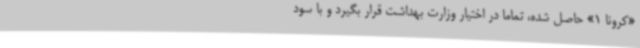
«کرونا 1» حاصل شده، تماما در اختیار وزارت بهداشت قرار بگیرد و با سود